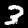
Label: 3